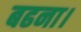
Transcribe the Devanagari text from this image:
बढना।